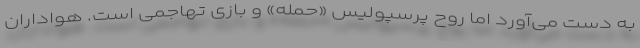
به دست می‌آورد اما روح پرسپولیس «حمله» و بازی تهاجمی است. هواداران